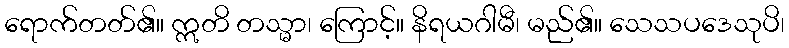
ရောက်တတ်၏။ ဣတိ တသ္မာ၊ ကြောင့်။ နိရယဂါမီ၊ မည်၏။ သေသပဒေသုပိ၊